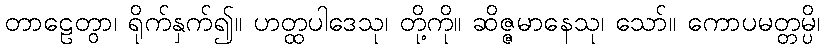
တာဠေတွာ၊ ရိုက်နှက်၍။ ဟတ္ထပါဒေသု၊ တို့ကို။ ဆိဇ္ဇမာနေသု၊ သော်။ ကောပမတ္တမ္ပိ၊